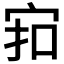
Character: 𪧊